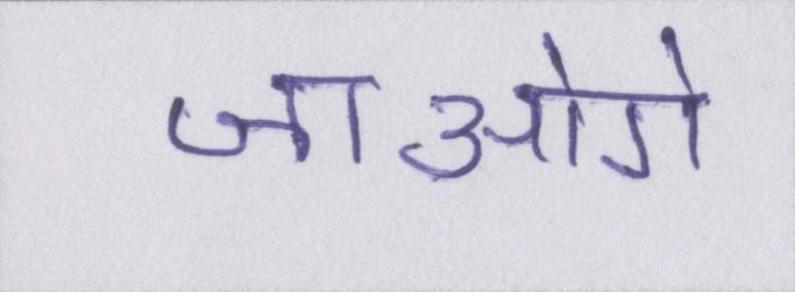
जाओगे